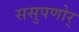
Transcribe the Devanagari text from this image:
ससुपणोर्